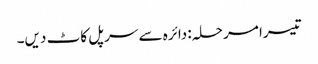
تیسرا مرحلہ: دائرہ سے سرپل کاٹ دیں۔